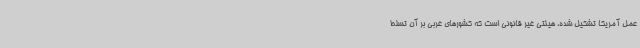
عمل آمریکا تشکیل شده، هیئتی غیر قانونی است که کشورهای غربی بر آن تسلط